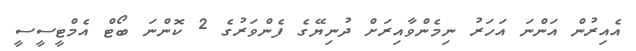
އެއިރުން އަންނަ އަހަރު ނިމެންވާއިރަށް ދުނިޔޭގެ ފެންވަރުގެ 2 ކޮންނަ ބޯޓް އެމްޓީސީސީ